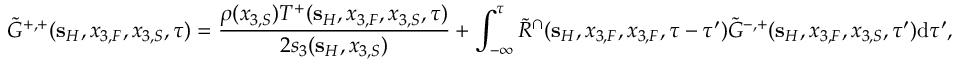
\tilde { G } ^ { + , + } ( { \bf s } _ { H } , x _ { 3 , F } , x _ { 3 , S } , \tau ) = \frac { \rho ( x _ { 3 , S } ) T ^ { + } ( { \bf s } _ { H } , x _ { 3 , F } , x _ { 3 , S } , \tau ) } { 2 s _ { 3 } ( { \bf s } _ { H } , x _ { 3 , S } ) } + \int _ { - \infty } ^ { \tau } \tilde { R } ^ { \cap } ( { \bf s } _ { H } , x _ { 3 , F } , x _ { 3 , F } , \tau - \tau ^ { \prime } ) \tilde { G } ^ { - , + } ( { \bf s } _ { H } , x _ { 3 , F } , x _ { 3 , S } , \tau ^ { \prime } ) \mathrm { d } \tau ^ { \prime } ,